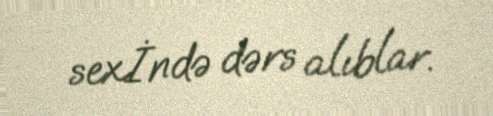
sexİndə dərs alıblar.